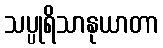
သပ္ပုရိသာနုယာတာ